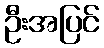
ဦးအပြင်